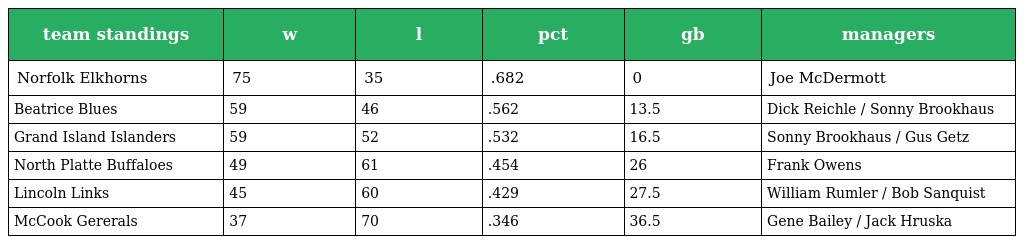
| team standings | w | l | pct | gb | managers |
 | --- | --- | --- | --- | --- | --- |
 | Norfolk Elkhorns | 75 | 35 | .682 | 0 | Joe McDermott |
 | Beatrice Blues | 59 | 46 | .562 | 13.5 | Dick Reichle / Sonny Brookhaus |
 | Grand Island Islanders | 59 | 52 | .532 | 16.5 | Sonny Brookhaus / Gus Getz |
 | North Platte Buffaloes | 49 | 61 | .454 | 26 | Frank Owens |
 | Lincoln Links | 45 | 60 | .429 | 27.5 | William Rumler / Bob Sanquist |
 | McCook Gererals | 37 | 70 | .346 | 36.5 | Gene Bailey / Jack Hruska |